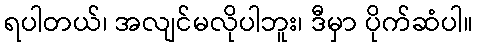
ရပါတယ်၊ အလျင်မလိုပါဘူး၊ ဒီမှာ ပိုက်ဆံပါ။